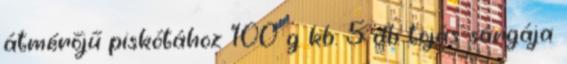
átmérőjű piskótához 100 g kb. 5 db tojás sárgája